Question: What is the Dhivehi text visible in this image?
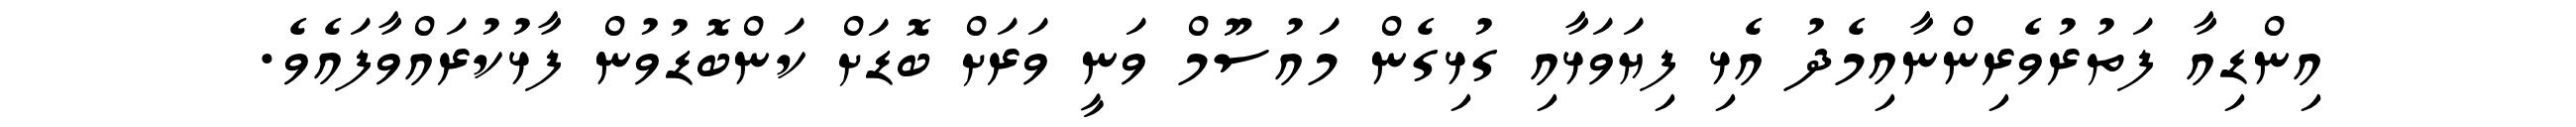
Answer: އިންޑިއާ ފަތުރުވެރިންނާއިމެދު އެޅި ފިޔަވަޅާއި ގުޅިގެން މައުސޫމް ވަނީ ވަރަށް ބޮޑަށް ކަންބޮޑުވުން ފާޅުކުރައްވާފައެވެ.